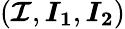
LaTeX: \left(\boldsymbol{\mathcal{I}},\boldsymbol{I_{1}},\boldsymbol{I_{2}}\right)